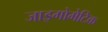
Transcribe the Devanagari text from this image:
जाइगोमेटिक